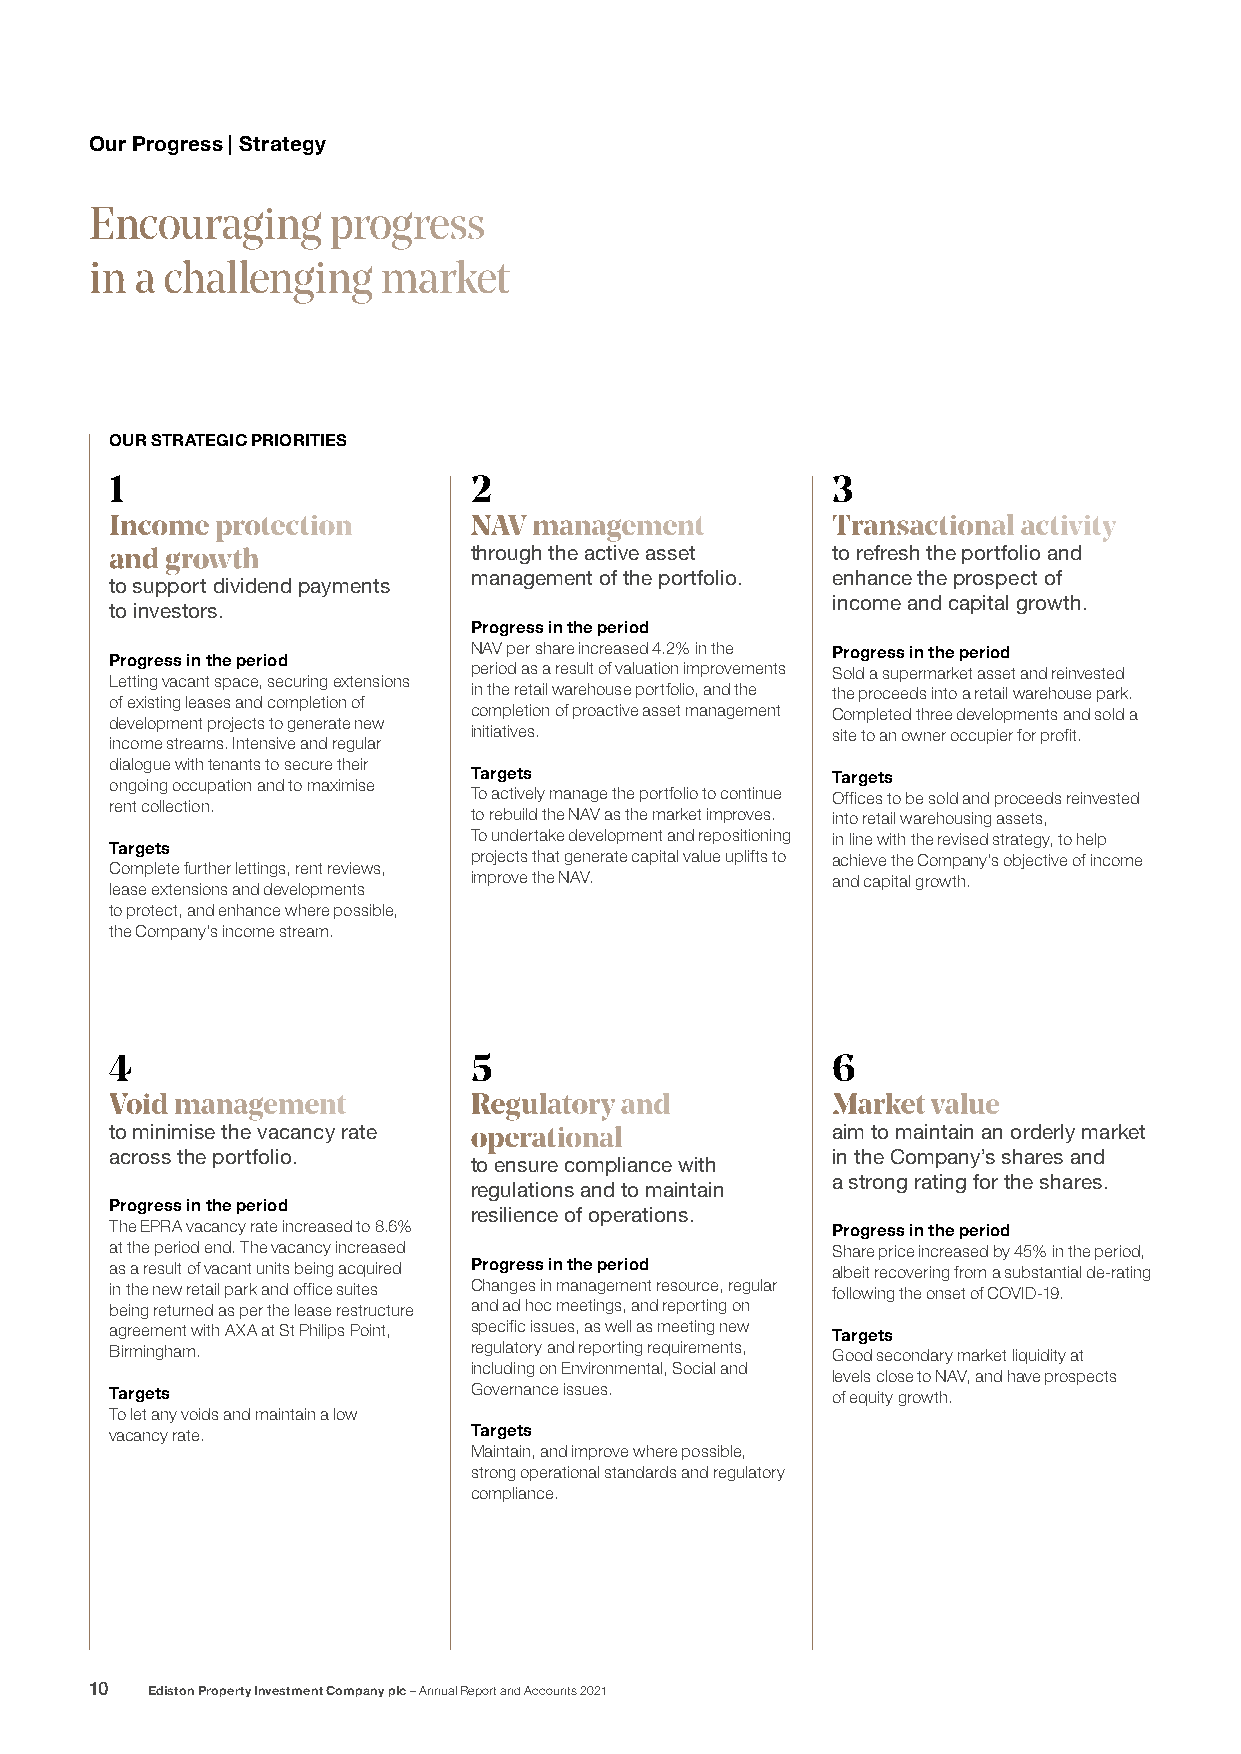
Our Progress | Strategy
 Encouraging     progress
 in a challenging   market
 OUR STRATEGIC PRIORITIES
 1                       2                       3
 Income protection       NAV management          Transactional activity
 and growth              through the active asset to refresh the portfolio and
 management of the portfolio. enhance the prospect of
 to support dividend payments
 income and capital growth.
 to investors.
 Progress in the period
 NAV per share increased 4.2% in the Progress in the period
 Progress in the period
 period as a result of valuation improvements Sold a supermarket asset and reinvested
 Letting vacant space, securing extensions
 in the retail warehouse portfolio, and the the proceeds into a retail warehouse park.
 of existing leases and completion of
 completion of proactive asset management Completed three developments and sold a
 development projects to generate new
 initiatives.            site to an owner occupier for profit.
 income streams. Intensive and regular
 dialogue with tenants to secure their
 Targets                 Targets
 ongoing occupation and to maximise
 To actively manage the portfolio to continue Offices to be sold and proceeds reinvested
 rent collection.
 to rebuild the NAV as the market improves. into retail warehousing assets,
 To undertake development and repositioning in line with the revised strategy, to help
 Targets
 projects that generate capital value uplifts to achieve the Company’s objective of income
 Complete further lettings, rent reviews,
 improve the NAV.        and capital growth.
 lease extensions and developments
 to protect, and enhance where possible,
 the Company’s income stream.
 4                       5                       6
 Void management         Regulatory and          Market value
 to minimise the vacancy rate operational        aim to maintain an orderly market
 across the portfolio.                           in the Company’s shares and
 to ensure compliance with
 a strong rating for the shares.
 regulations and to maintain
 Progress in the period
 resilience of operations.
 The EPRA vacancy rate increased to 8.6%         Progress in the period
 at the period end. The vacancy increased        Share price increased by 45% in the period,
 as a result of vacant units being acquired Progress in the period albeit recovering from a substantial de-rating
 in the new retail park and office suites Changes in management resource, regular following the onset of COVID-19.
 being returned as per the lease restructure and ad hoc meetings, and reporting on
 agreement with AXA at St Philips Point, specific issues, as well as meeting new Targets
 Birmingham.             regulatory and reporting requirements, Good secondary market liquidity at
 including on Environmental, Social and
 levels close to NAV, and have prospects
 Targets                 Governance issues.      of equity growth.
 To let any voids and maintain a low
 vacancy rate.           Targets
 Maintain, and improve where possible,
 strong operational standards and regulatory
 compliance.
 10  Ediston Property Investment Company plc – Annual Report and Accounts 2021